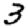
Digit: 3